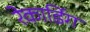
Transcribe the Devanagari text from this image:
रेकार्डिग